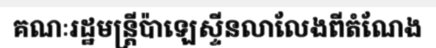
គណៈរដ្ឋមន្ត្រីប៉ាឡេស្ទីនលាលែងពីតំណែង